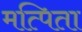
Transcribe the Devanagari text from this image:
मत्पिता